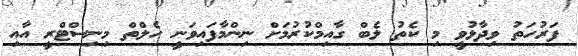
ފަރުހަތު ވިދާޅުވީ މި ކެތު ލެބް ގާއިމްކުރުމަށް ނިންމާފައިވަނީ ހެލްތް މިނިސްޓްރީ އާއި